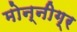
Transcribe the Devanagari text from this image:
मोन्नीग्र